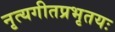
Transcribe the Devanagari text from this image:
नृत्यगीतप्रभृतयः